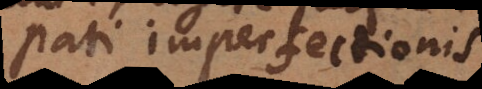
et perfectionis